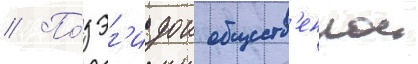
// По́д эг'идои обществ'еннои